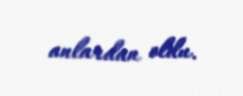
anlardan oldu.